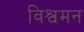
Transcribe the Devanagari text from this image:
विश्वमन